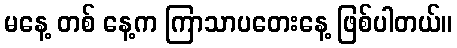
မနေ့ တစ် နေ့က ကြာသာပတေးနေ့ ဖြစ်ပါတယ်။